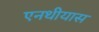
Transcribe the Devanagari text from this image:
एनथीयास